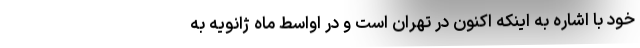
خود با اشاره به اینکه اکنون در تهران است و در اواسط ماه ژانویه به